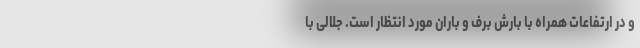
و در ارتفاعات همراه با بارش برف و باران مورد انتظار است. جلالی با